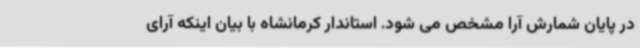
در پایان شمارش آرا مشخص می شود. استاندار کرمانشاه با بیان اینکه آرای